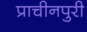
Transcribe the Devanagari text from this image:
प्राचीनपुरी